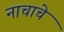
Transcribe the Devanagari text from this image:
नाचाचे